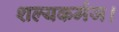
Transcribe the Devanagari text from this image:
शल्यकर्मज।